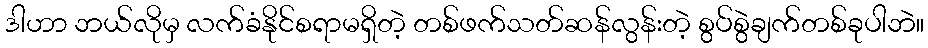
ဒါဟာ ဘယ်လိုမှ လက်ခံနိုင်စရာမရှိတဲ့ တစ်ဖက်သတ်ဆန်လွန်းတဲ့ စွပ်စွဲချက်တစ်ခုပါဘဲ။